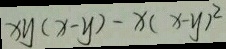
x y ( x - y ) - x ( x - y ) ^ { 2 }